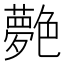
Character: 𦫰